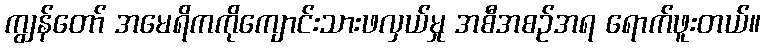
ကျွန်တော် အမေရိကကိုကျောင်းသားဖလှယ်မှု အစီအစဉ်အရ ရောက်ဖူးတယ်။